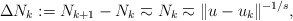
\begin{align*}\Delta N_k := N_{k+1}-N_k \eqsim N_k\eqsim \|u-u_k\|^{-1/s},\end{align*}